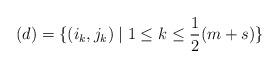
LaTeX: \begin{align*} (d)=\{(i_k, j_k)\mid 1\le k\le \frac12(m+s)\}\end{align*}